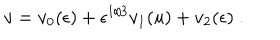
LaTeX: v = v _ { 0 } ( \epsilon ) + \epsilon ^ { 1 / 3 } v _ { 1 } ( u ) + v _ { 2 } ( \epsilon ) \ .